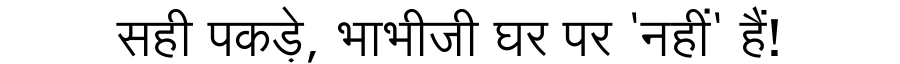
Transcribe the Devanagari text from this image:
सही पकड़े, भाभीजी घर पर 'नहीं' हैं!